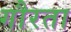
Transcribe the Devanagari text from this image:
गौरता